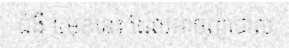
ជំងឺ ៤មុខនេះ ដែលអាចព្យាបាល